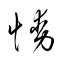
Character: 慟